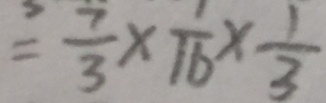
= \frac { 7 } { 3 } \times \frac { 1 } { 1 6 } \times \frac { 1 } { 3 }